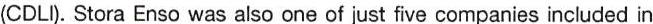
(CDLI). Stora Enso was also one of just five companies included in